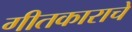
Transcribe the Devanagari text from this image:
गीतकाराचे